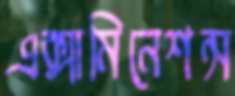
এক্সামিনেশন্স